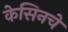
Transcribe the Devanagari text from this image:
केसिनचे